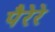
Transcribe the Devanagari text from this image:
पैरेरे